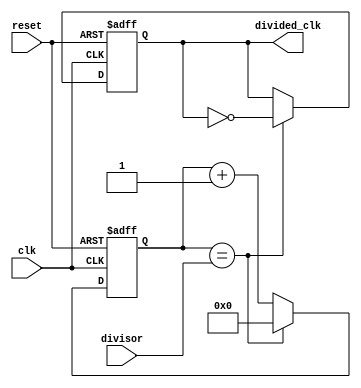
module programmable_clock_divider (
  input wire clk,
  input wire reset,
  input wire [7:0] divisor,
  output reg divided_clk
);

reg [7:0] count;

always @(posedge clk or posedge reset) begin
  if (reset) begin
    count <= 8'b0;
    divided_clk <= 1'b0;
  end else begin
    if (count == divisor) begin
      count <= 8'b0;
      divided_clk <= ~divided_clk;
    end else begin
      count <= count + 1;
    end
  end
end

endmodule